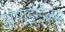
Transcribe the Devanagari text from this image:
अमाइग्डैलस